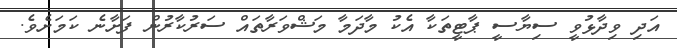
އަދި ވިދާޅުވީ ސިޔާސީ ޕާޓީތަކާ އެކު މާދަމާ މަޝްވަރާތައް ސަރުކާރުން ފަށާނެ ކަމަށެވެ.